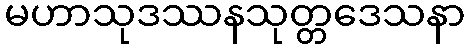
မဟာသုဒဿနသုတ္တဒေသနာ